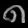
Digit: ၈